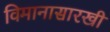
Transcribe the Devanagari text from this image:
विमानासारखी